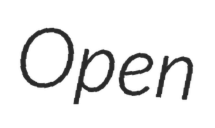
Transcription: Open